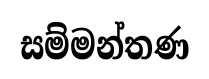
සම්මන්තණ